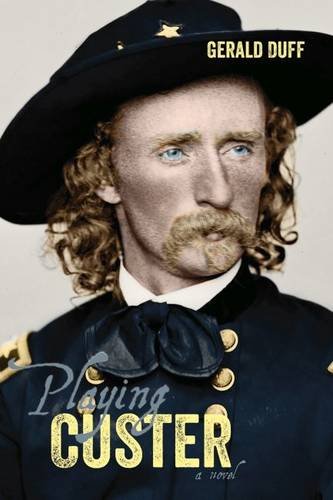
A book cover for Playing Custer; Gerald Duff; Literature & Fiction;